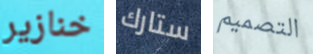
خنازير ستارك التصميم